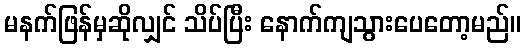
မနက်ဖြန်မှဆိုလျှင် သိပ်ပြီး နောက်ကျသွားပေတော့မည်။